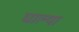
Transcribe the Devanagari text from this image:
घाल्या